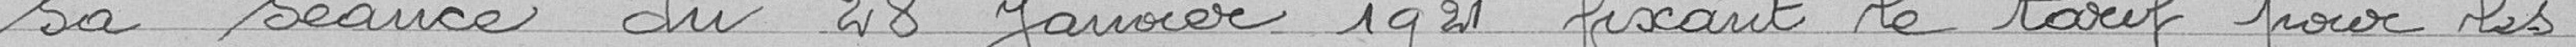
sa séance du 28 janvier 1921 fixant le tarif pour les